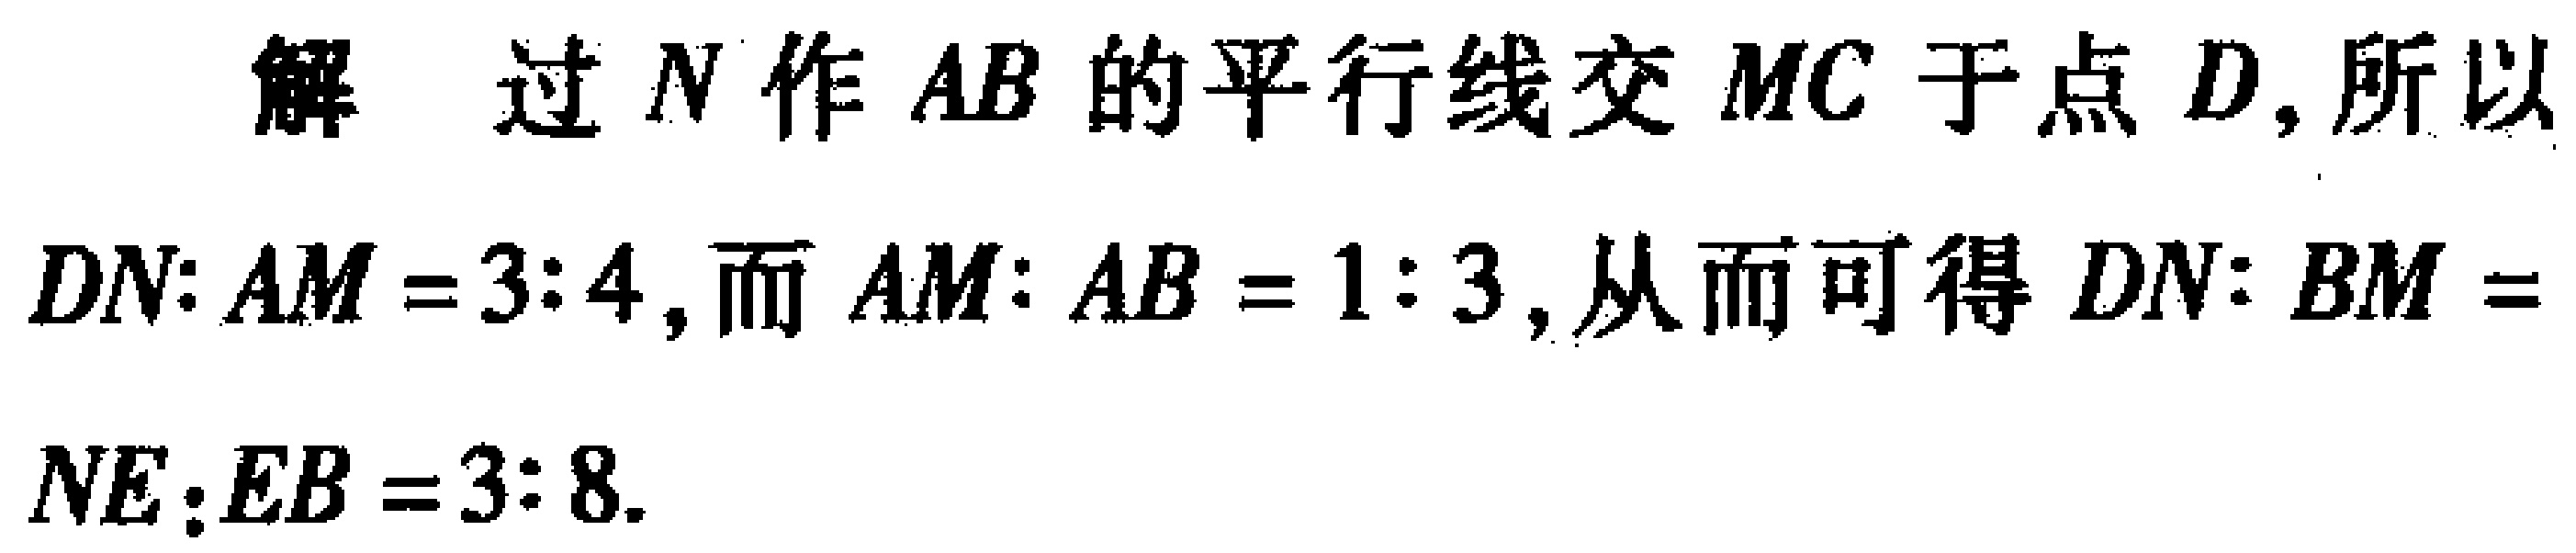
解 过 \(N\) 作 \(AB\) 的平行线交 \(MC\) 于点 \(D\)，所以 \(DN:AM = 3:4\)，而 \(AM:AB = 1:3\)，从而可得 \(DN:BM =\) \(NE:EB = 3:8\).